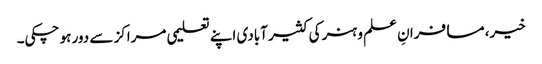
خیر، مسافرانِ علم و ہنر کی کثیر آبادی اپنے تعلیمی مراکز سے دور ہو چکی۔